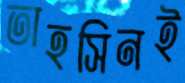
তাহসিনই